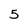
Character: 5